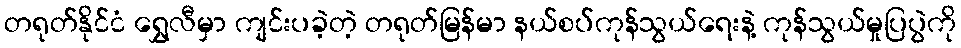
တရုတ်နိုင်ငံ ရွှေလီမှာ ကျင်းပခဲ့တဲ့ တရုတ်မြန်မာ နယ်စပ်ကုန်သွယ်ရေးနဲ့ ကုန်သွယ်မှုပြပွဲကို